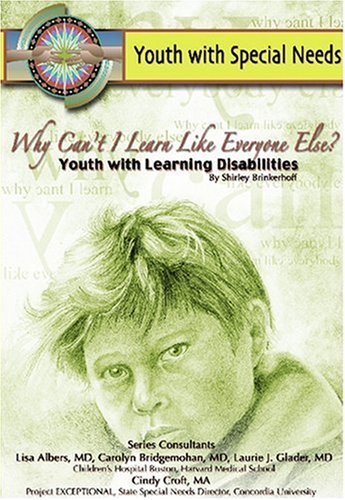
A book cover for Why Can't I Learn Like Everyone Else: Youth With Learning Disabilities (Youth With Special Needs); Shirley Brinkerhoff; Teen & Young Adult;